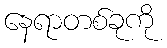
နေရာတစ်ခုကို